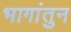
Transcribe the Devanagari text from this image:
भागांतुन